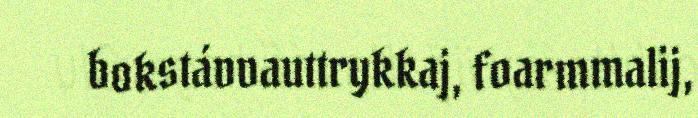
bokstávvauttrykkaj, foarmmalij,